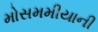
મોસમમીયાની